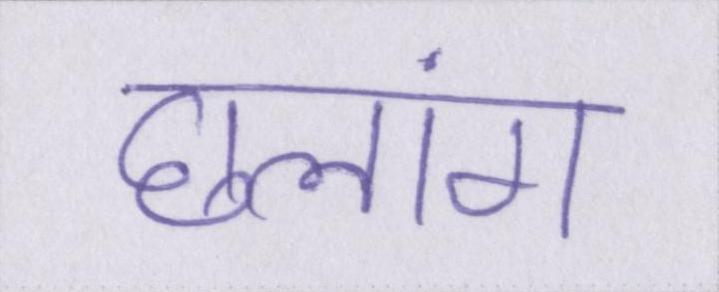
छलांग